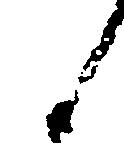
候